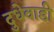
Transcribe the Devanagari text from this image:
दुधेवाडी